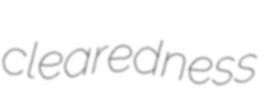
clearedness